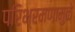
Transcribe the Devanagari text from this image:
परिभ्रमणामुळे